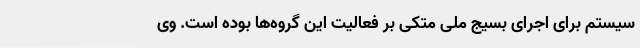
سیستم برای اجرای بسیج ملی متکی بر فعالیت این گروه‌ها بوده است. وی